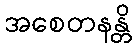
အစေတနန္တိ